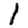
Digit: 1